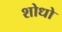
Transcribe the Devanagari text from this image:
शोधो